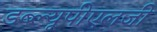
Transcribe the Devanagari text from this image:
डब्ल्यूपीएलजी